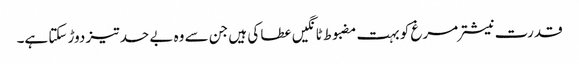
قدرت نیشتر مرغ کو بہت مضبوط ٹانگیں عطا کی ہیں جن سے وہ بے حد تیز دوڑ سکتا ہے۔